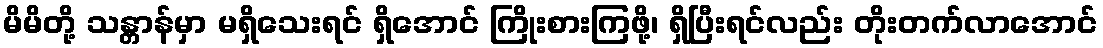
မိမိတို့ သန္တာန်မှာ မရှိသေးရင် ရှိအောင် ကြိုးစားကြဖို့၊ ရှိပြီးရင်လည်း တိုးတက်လာအောင်